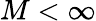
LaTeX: M<\infty